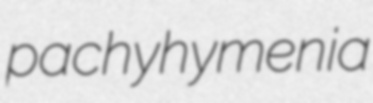
pachyhymenia